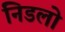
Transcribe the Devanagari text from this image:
निडलो